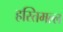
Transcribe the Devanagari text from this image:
हस्तिमल्ल